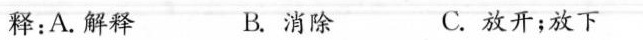
释：A.解释 B.消除 C.放开；放下 ( )